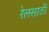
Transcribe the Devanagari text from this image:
रेलसाठी